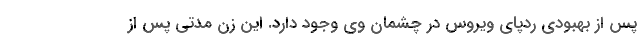
پس از بهبودی ردپای ویروس در چشمان وی وجود دارد. این زن مدتی پس از